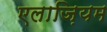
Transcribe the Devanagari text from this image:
एलाज़ियम